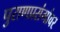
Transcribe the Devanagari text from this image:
पुराणप्रसंगांवर